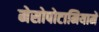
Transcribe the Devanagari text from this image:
मेसोपोटामियामें